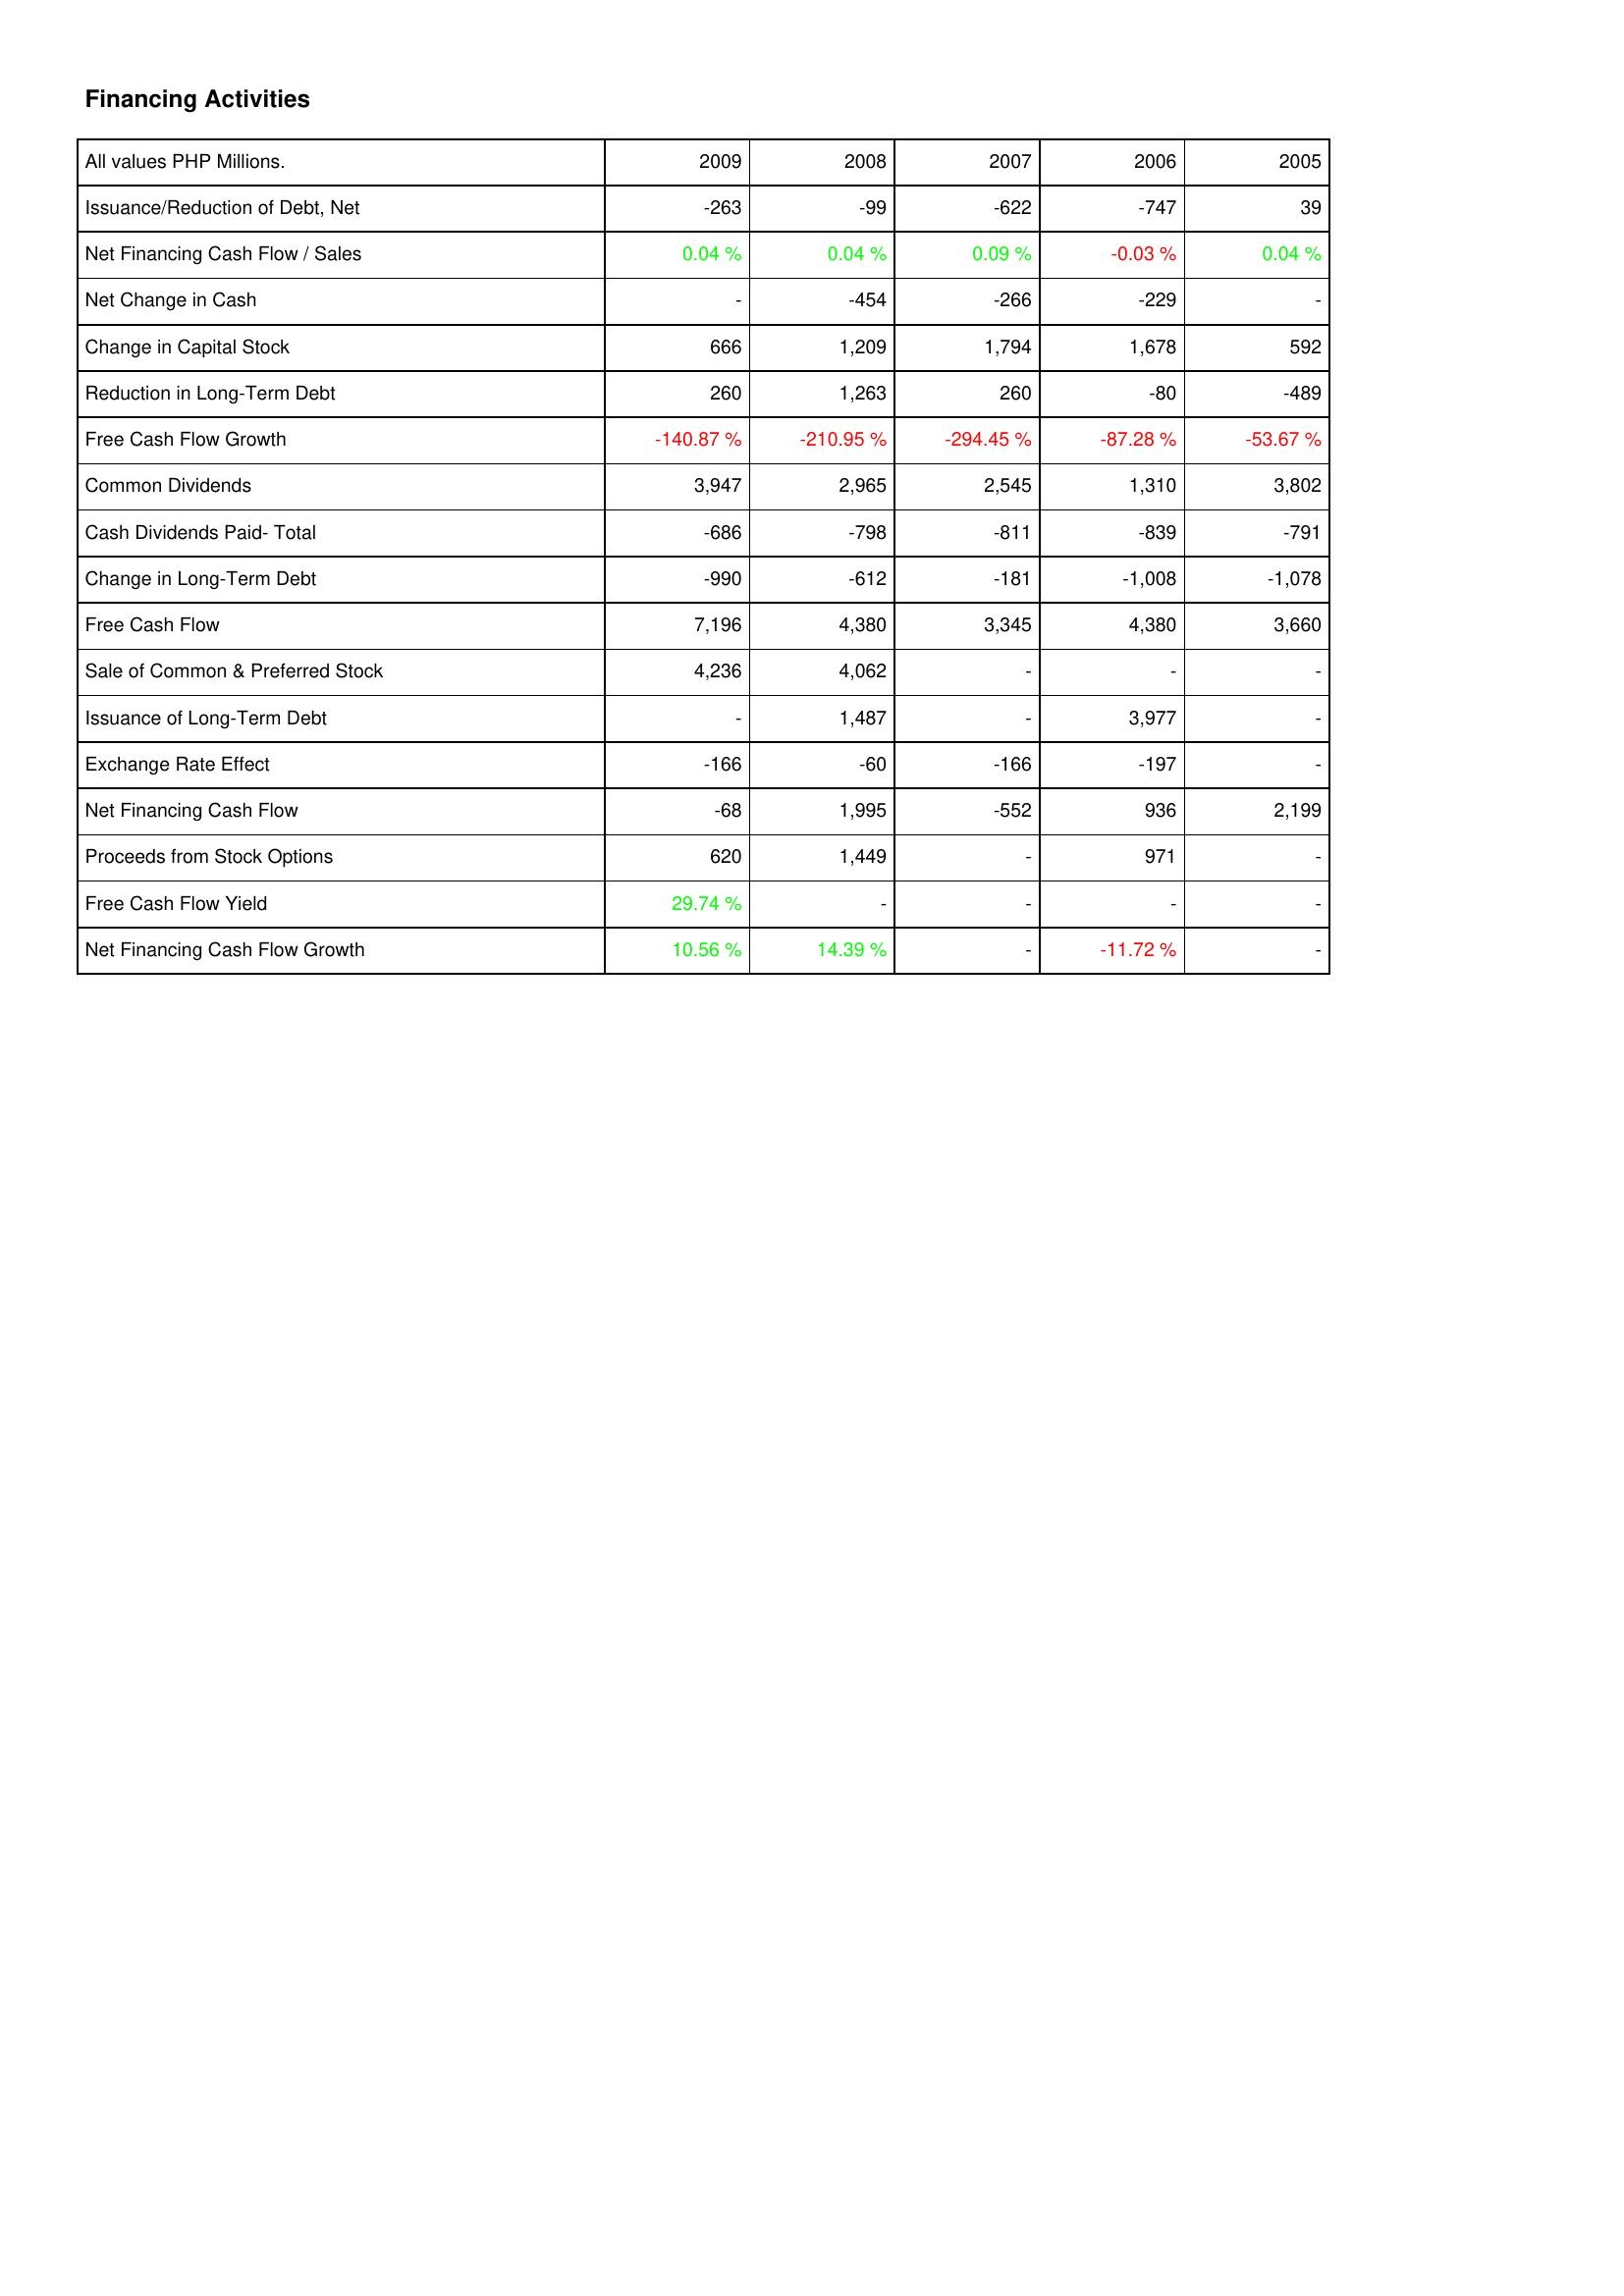
2009: Financing Activities: Issuance/Reduction of Debt, Net: -263
Net Financing Cash Flow / Sales: 0.04 %
Net Change in Cash: -
Change in Capital Stock: 666
Reduction in Long-Term Debt: 260
Free Cash Flow Growth: -140.87 %
Common Dividends: 3,947
Cash Dividends Paid- Total: -686
Change in Long-Term Debt: -990
Free Cash Flow: 7,196
Sale of Common & Preferred Stock: 4,236
Issuance of Long-Term Debt: -
Exchange Rate Effect: -166
Net Financing Cash Flow: -68
Proceeds from Stock Options: 620
Free Cash Flow Yield: 29.74 %
Net Financing Cash Flow Growth: 10.56 %
2008: Financing Activities: Issuance/Reduction of Debt, Net: -99
Net Financing Cash Flow / Sales: 0.04 %
Net Change in Cash: -454
Change in Capital Stock: 1,209
Reduction in Long-Term Debt: 1,263
Free Cash Flow Growth: -210.95 %
Common Dividends: 2,965
Cash Dividends Paid- Total: -798
Change in Long-Term Debt: -612
Free Cash Flow: 4,380
Sale of Common & Preferred Stock: 4,062
Issuance of Long-Term Debt: 1,487
Exchange Rate Effect: -60
Net Financing Cash Flow: 1,995
Proceeds from Stock Options: 1,449
Free Cash Flow Yield: -
Net Financing Cash Flow Growth: 14.39 %
2007: Financing Activities: Issuance/Reduction of Debt, Net: -622
Net Financing Cash Flow / Sales: 0.09 %
Net Change in Cash: -266
Change in Capital Stock: 1,794
Reduction in Long-Term Debt: 260
Free Cash Flow Growth: -294.45 %
Common Dividends: 2,545
Cash Dividends Paid- Total: -811
Change in Long-Term Debt: -181
Free Cash Flow: 3,345
Sale of Common & Preferred Stock: -
Issuance of Long-Term Debt: -
Exchange Rate Effect: -166
Net Financing Cash Flow: -552
Proceeds from Stock Options: -
Free Cash Flow Yield: -
Net Financing Cash Flow Growth: -
2006: Financing Activities: Issuance/Reduction of Debt, Net: -747
Net Financing Cash Flow / Sales: -0.03 %
Net Change in Cash: -229
Change in Capital Stock: 1,678
Reduction in Long-Term Debt: -80
Free Cash Flow Growth: -87.28 %
Common Dividends: 1,310
Cash Dividends Paid- Total: -839
Change in Long-Term Debt: -1,008
Free Cash Flow: 4,380
Sale of Common & Preferred Stock: -
Issuance of Long-Term Debt: 3,977
Exchange Rate Effect: -197
Net Financing Cash Flow: 936
Proceeds from Stock Options: 971
Free Cash Flow Yield: -
Net Financing Cash Flow Growth: -11.72 %
2005: Financing Activities: Issuance/Reduction of Debt, Net: 39
Net Financing Cash Flow / Sales: 0.04 %
Net Change in Cash: -
Change in Capital Stock: 592
Reduction in Long-Term Debt: -489
Free Cash Flow Growth: -53.67 %
Common Dividends: 3,802
Cash Dividends Paid- Total: -791
Change in Long-Term Debt: -1,078
Free Cash Flow: 3,660
Sale of Common & Preferred Stock: -
Issuance of Long-Term Debt: -
Exchange Rate Effect: -
Net Financing Cash Flow: 2,199
Proceeds from Stock Options: -
Free Cash Flow Yield: -
Net Financing Cash Flow Growth: -